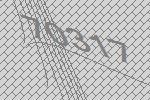
70317